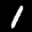
Label: 1